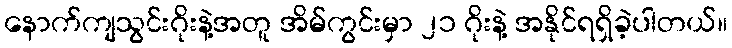
နောက်ကျသွင်းဂိုးနဲ့အတူ အိမ်ကွင်းမှာ ၂၁ ဂိုးနဲ့ အနိုင်ရရှိခဲ့ပါတယ်။